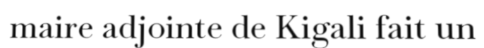
maire adjointe de Kigali fait un